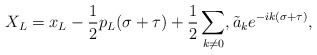
\begin{align*}X_L = x_L - \frac{1}{2} p_L(\sigma + \tau) +\frac{1}{2}\sum_{k \neq 0}, {\tilde a}_k e^{-ik(\sigma + \tau)}, \end{align*}